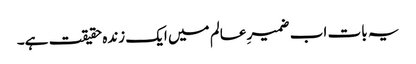
یہ بات اب ضمیرِ عالم میں ایک زندہ حقیقت ہے۔